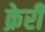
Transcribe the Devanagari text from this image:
क्रेरी